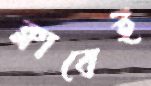
ক্লাবেই